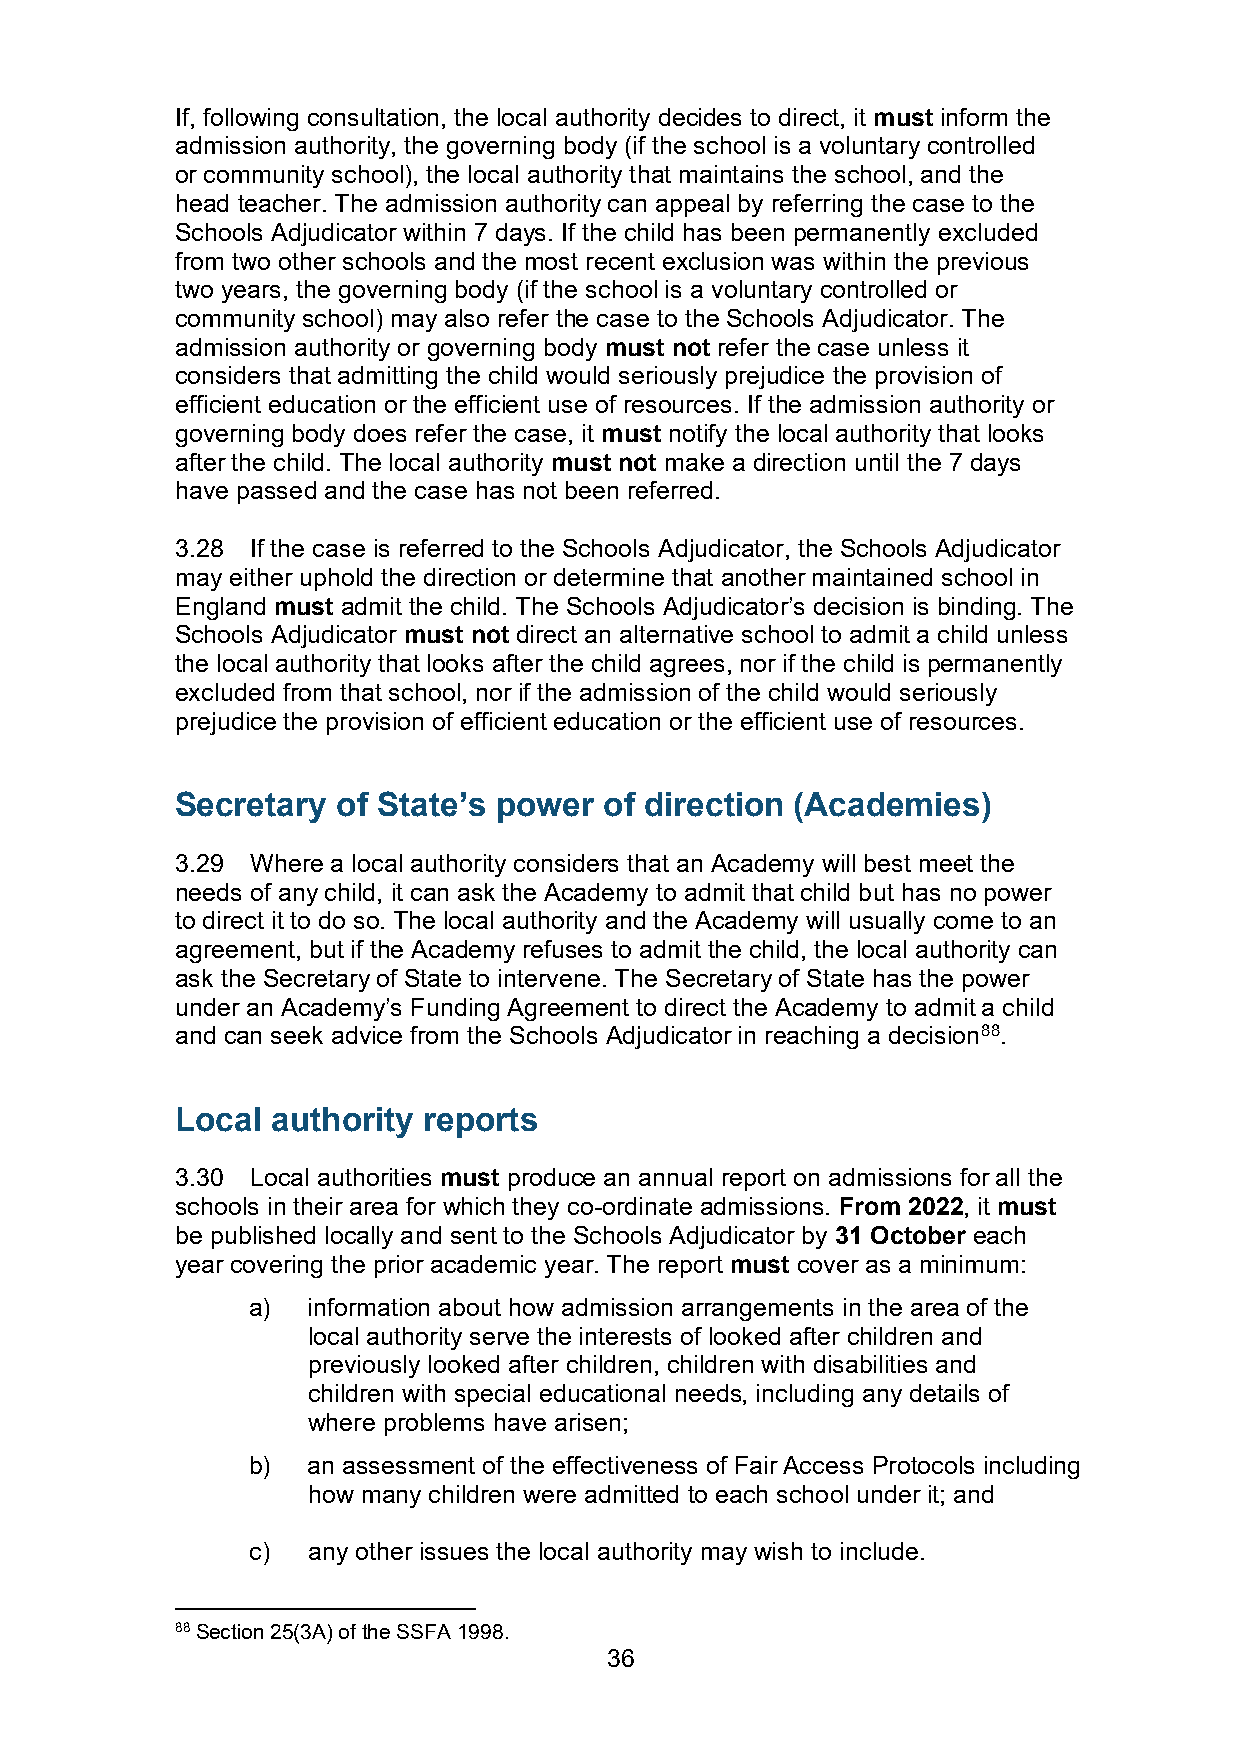
If, following consultation, the local authority decides to direct, it must inform the
 admission authority, the governing body (if the school is a voluntary controlled
 or community school), the local authority that maintains the school, and the
 head teacher. The admission authority can appeal by referring the case to the
 Schools Adjudicator within 7 days. If the child has been permanently excluded
 from two other schools and the most recent exclusion was within the previous
 two years, the governing body (if the school is a voluntary controlled or
 community school) may also refer the case to the Schools Adjudicator. The
 admission authority or governing body must not refer the case unless it
 considers that admitting the child would seriously prejudice the provision of
 efficient education or the efficient use of resources. If the admission authority or
 governing body does refer the case, it must notify the local authority that looks
 after the child. The local authority must not make a direction until the 7 days
 have passed and the case has not been referred.
 3.28 If the case is referred to the Schools Adjudicator, the Schools Adjudicator
 may either uphold the direction or determine that another maintained school in
 England must admit the child. The Schools Adjudicator’s decision is binding. The
 Schools Adjudicator must not direct an alternative school to admit a child unless
 the local authority that looks after the child agrees, nor if the child is permanently
 excluded from that school, nor if the admission of the child would seriously
 prejudice the provision of efficient education or the efficient use of resources.
 Secretary of State’s power  of direction (Academies)
 3.29 Where a local authority considers that an Academy will best meet the
 needs of any child, it can ask the Academy to admit that child but has no power
 to direct it to do so. The local authority and the Academy will usually come to an
 agreement, but if the Academy refuses to admit the child, the local authority can
 ask the Secretary of State to intervene. The Secretary of State has the power
 under an Academy’s Funding Agreement to direct the Academy to admit a child
 and can seek advice from the Schools Adjudicator in reaching a decision88.
 Local authority reports
 3.30 Local authorities must produce an annual report on admissions for all the
 schools in their area for which they co-ordinate admissions. From 2022, it must
 be published locally and sent to the Schools Adjudicator by 31 October each
 year covering the prior academic year. The report must cover as a minimum:
 a)  information about how admission arrangements in the area of the
 local authority serve the interests of looked after children and
 previously looked after children, children with disabilities and
 children with special educational needs, including any details of
 where problems have arisen;
 b)  an assessment of the effectiveness of Fair Access Protocols including
 how many children were admitted to each school under it; and
 c)  any other issues the local authority may wish to include.
 88 Section 25(3A) of the SSFA 1998.
 36